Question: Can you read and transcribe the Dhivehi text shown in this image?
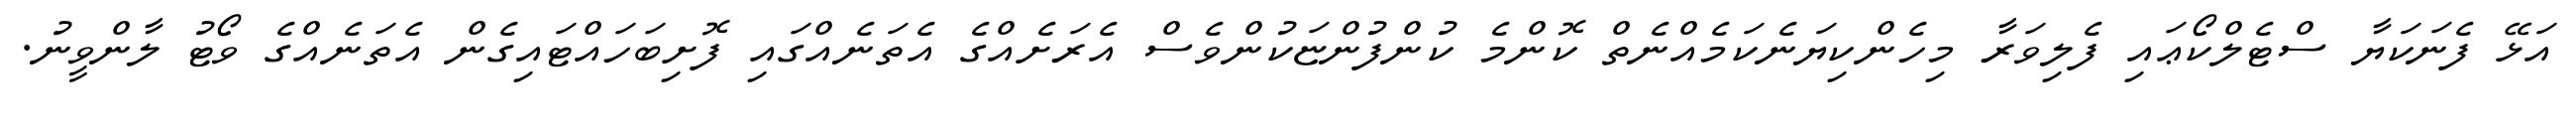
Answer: އަޅޭ ފެނަކަޔާ ސްޓެލްކޯޢައި ފެލިވަރާ މިހެންކިޔަނެކަމެއްނެތް ކޮންމެ ކުންފުންޏަކުންވެސް އެރަށެއްގެ އެތަނެއްގައި ފޮށިބަހައްޓައިގެން އެތަނެއްގެ ވޯޓު ލާންވީނު.